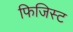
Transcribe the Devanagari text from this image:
फिजिस्ट